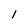
Character: 1